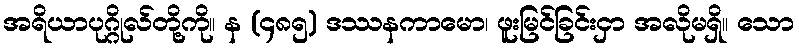
အရိယာပုဂ္ဂိုလ်တို့ကို။ န (၄၈၅) ဒဿနကာမော၊ ဖူးမြင်ခြင်းငှာ အလိုမရှိ။ သော